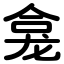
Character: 龛